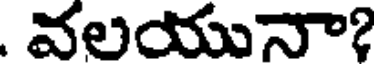
. వలయునా?